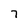
Character: 7